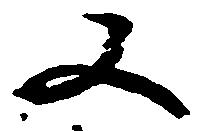
又